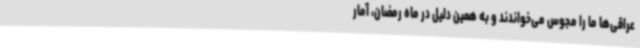
عراقی‌ها ما را مجوس می‌خواندند و به همین دلیل در ماه رمضان، آمار